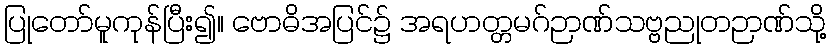
ပြုတော်မူကုန်ပြီး၍။ ဗောဓိအပြင်၌ အရဟတ္တမဂ်ဉာဏ်သဗ္ဗညုတဉာဏ်သို့